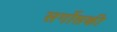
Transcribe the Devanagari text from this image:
सर्गोसकी